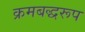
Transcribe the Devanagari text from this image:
क्रमबद्धरूप